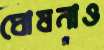
ঘোষনাও